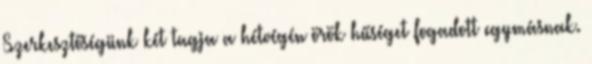
Szerkesztőségünk két tagja a hétvégén örök hűséget fogadott egymásnak.